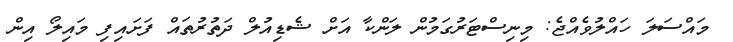
މައްސަލަ ހައްލުވެއްޖެ: މިނިސްޓަރުގަމުން ލަންކާ އަށް ޝެޑިއުލް ދަތުރުތައް ފަށައިފި މައިލޯ އިން